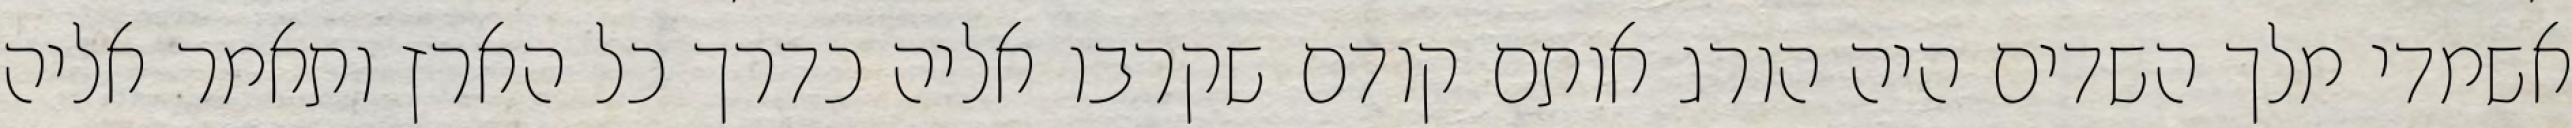
אשמדי‏ מלך השדים היה הורג אותם קודם שקרבו אליה כדרך כל הארץ ותאמר אליה